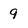
Character: 9